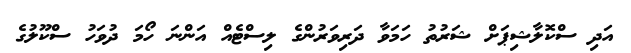
އަދި ސްކޮލާޝިޕަށް ޝަރުތު ހަމަވާ ދަރިވަރުންގެ ލިސްޓެއް އަންނަ ހޯމަ ދުވަހު ސްކޫލުގެ